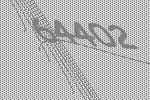
64402